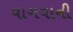
વાગવાની